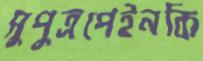
সুপুত্রপেইনকি